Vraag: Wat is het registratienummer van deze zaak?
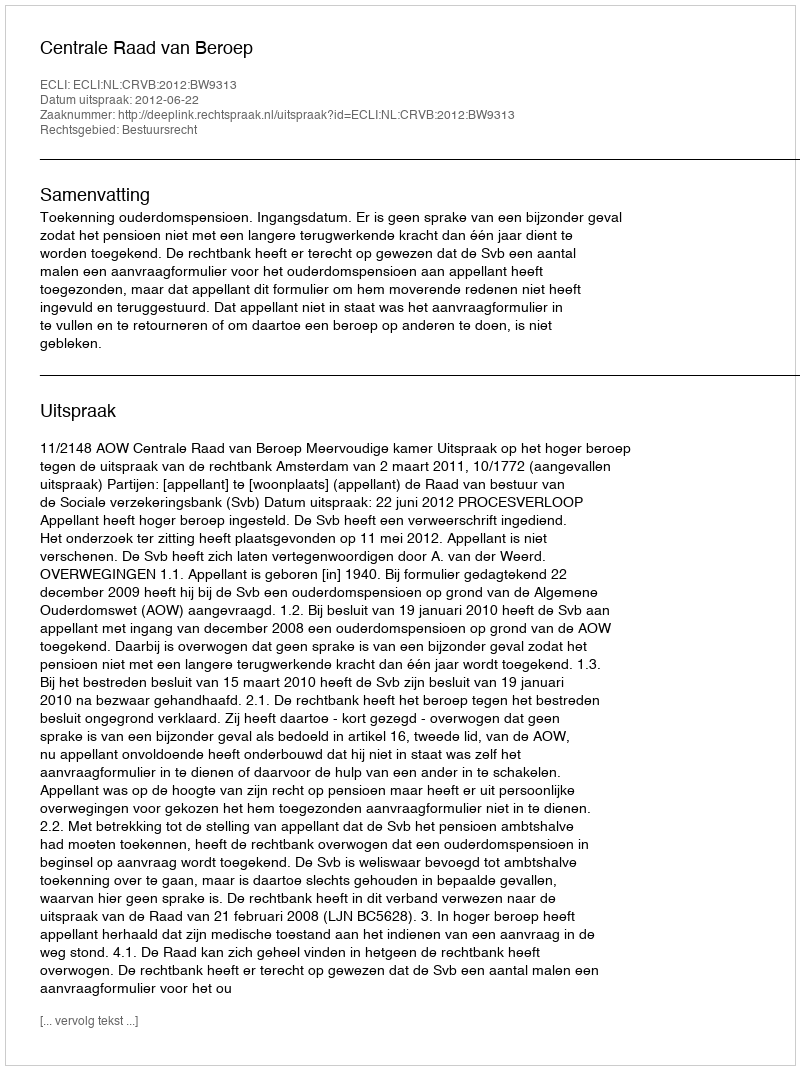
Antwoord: http://deeplink.rechtspraak.nl/uitspraak?id=ECLI:NL:CRVB:2012:BW9313